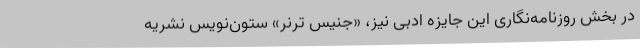
در بخش روزنامه‌نگاری این جایزه ادبی نیز، «جنیس ترنر» ستون‌نویس نشریه